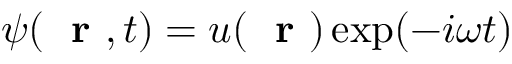
\psi ( \mathrm { ~ \bf ~ r ~ } , t ) = u ( \mathrm { ~ \bf ~ r ~ } ) \exp ( - i \omega t )